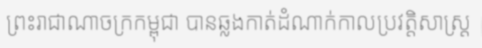
ព្រះរាជាណាចក្រកម្ពុជា បានឆ្លងកាត់ដំណាក់កាលប្រវត្តិសាស្ត្រ